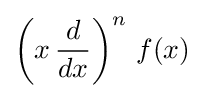
\left(x\,{\frac {d}{dx}}\right)^{n}\,f(x)